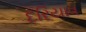
દરિયાવ